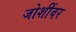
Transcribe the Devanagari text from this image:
जोशींवर